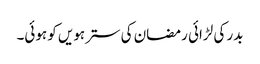
بدر کی لڑائی رمضان کی سترہویں کو ہوئی۔